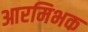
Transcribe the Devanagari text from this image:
आरमिभक